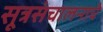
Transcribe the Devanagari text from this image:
सूत्रसंचालनाचे